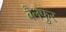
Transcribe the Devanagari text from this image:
बैलफुर